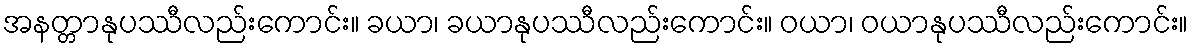
အနတ္တာနုပဿီလည်းကောင်း။ ခယာ၊ ခယာနုပဿီလည်းကောင်း။ ဝယာ၊ ဝယာနုပဿီလည်းကောင်း။